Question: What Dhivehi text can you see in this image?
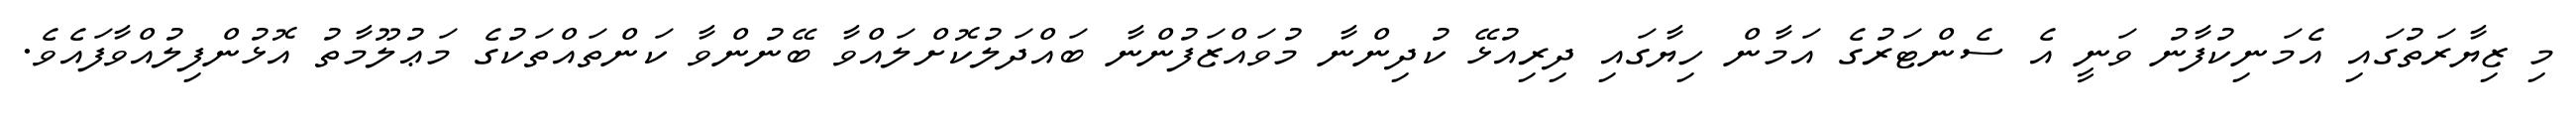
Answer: މި ޒިޔާރަތުގައި އެމަނިކުފާނު ވަނީ އެ ސެންޓަރުގެ އަމާން ހިޔާގައި ދިރިއުޅޭ ކުދިންނާ މުވައްޒަފުންނާ ބައްދަލުކޮށްލައްވާ ބޭނުންވާ ކަންތައްތަކުގެ މަޢުލޫމާތު އޮޅުންފިލުއްވާފައެވެ.